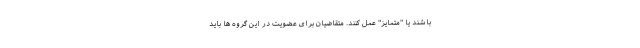
باشند یا "متمایز" عمل کنند. متقاضیان برای عضویت در این گروه ها باید